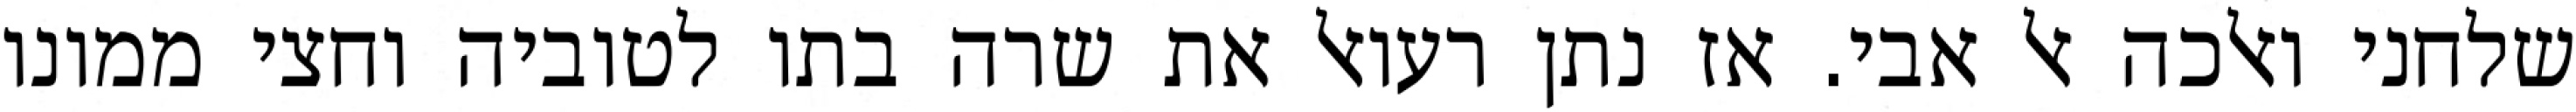
שלחני ואלכה אל אבי. אז נתן רעואל את שרה בתו לטוביה וחצי ממונו